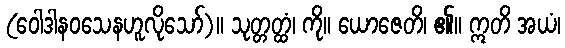
(ဝေါဒါနဝသေနဟူလိုသော်)။ သုတ္တတ္ထံ၊ ကို။ ယောဇေတိ၊ ၏။ ဣတိ အယံ၊